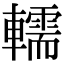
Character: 轜